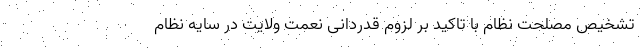
تشخیص مصلحت نظام با تاکید بر لزوم قدردانی نعمت ولایت در سایه نظام